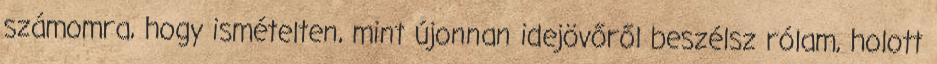
számomra, hogy ismételten, mint újonnan idejövőről beszélsz rólam, holott